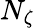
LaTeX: N_{\zeta}